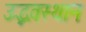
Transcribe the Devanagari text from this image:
उद्भवस्थान